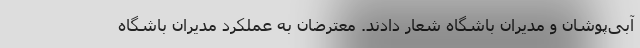
آبی‌پوشان و مدیران باشگاه شعار دادند. معترضان به عملکرد مدیران باشگاه